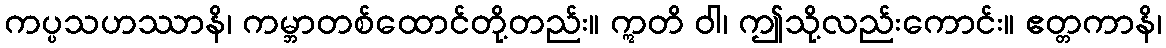
ကပ္ပသဟဿာနိ၊ ကမ္ဘာတစ်ထောင်တို့တည်း။ ဣတိ ဝါ၊ ဤသို့လည်းကောင်း။ ဧတ္တကာနိ၊